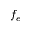
f _ { e }